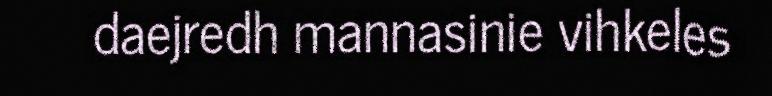
daejredh mannasinie vihkeles